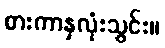
စားကာနှလုံးသွင်း။